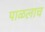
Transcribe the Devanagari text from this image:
पाळलाच